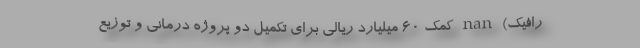
رافیک) nan کمک 60 میلیارد ریالی برای تکمیل دو پروژه درمانی و توزیع